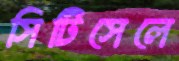
সিটিসেলে